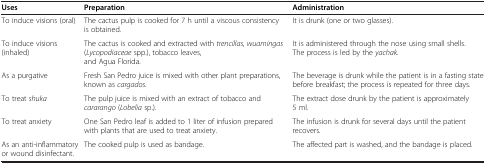
<table><thead><tr><td><b>Uses</b></td><td><b>Preparation</b></td><td><b>Administration</b></td></tr></thead><tbody><tr><td>To induce visions (oral)</td><td>The cactus pulp is cooked for 7 h until a viscous consistency is obtained.</td><td>It is drunk (one or two glasses).</td></tr><tr><td>To induce visions (inhaled)</td><td>The cactus is cooked and extracted with <i>trencillas</i>, <i>wuamingas</i> (<i>Lycopodiaceae</i> spp.), tobacco leaves, and Agua Florida.</td><td>It is administered through the nose using small shells. The process is led by the <i>yachak.</i></td></tr><tr><td>As a purgative</td><td>Fresh San Pedro juice is mixed with other plant preparations, known as <i>cargados.</i></td><td>The beverage is drunk while the patient is in a fasting state before breakfast; the process is repeated for three days.</td></tr><tr><td>To treat <i>shuka</i></td><td>The pulp juice is mixed with an extract of tobacco and <i>cararango</i> (<i>Lobelia</i> sp.).</td><td>The extract dose drunk by the patient is approximately 5 ml.</td></tr><tr><td>To treat anxiety</td><td>One San Pedro leaf is added to 1 liter of infusion prepared with plants that are used to treat anxiety.</td><td>The infusion is drunk for several days until the patient recovers.</td></tr><tr><td>As an anti-inflammatory or wound disinfectant.</td><td>The cooked pulp is used as bandage.</td><td>The affected part is washed, and the bandage is placed.</td></tr></tbody></table>